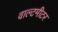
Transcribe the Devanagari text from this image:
वाल्टमीटर